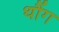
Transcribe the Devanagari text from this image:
थौंग